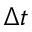
\Delta t